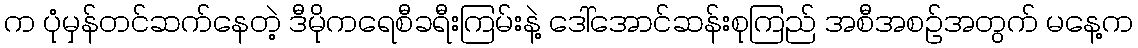
က ပုံမှန်တင်ဆက်နေတဲ့ ဒီမိုကရေစီခရီးကြမ်းနဲ့ ဒေါ်အောင်ဆန်းစုကြည် အစီအစဉ်အတွက် မနေ့က